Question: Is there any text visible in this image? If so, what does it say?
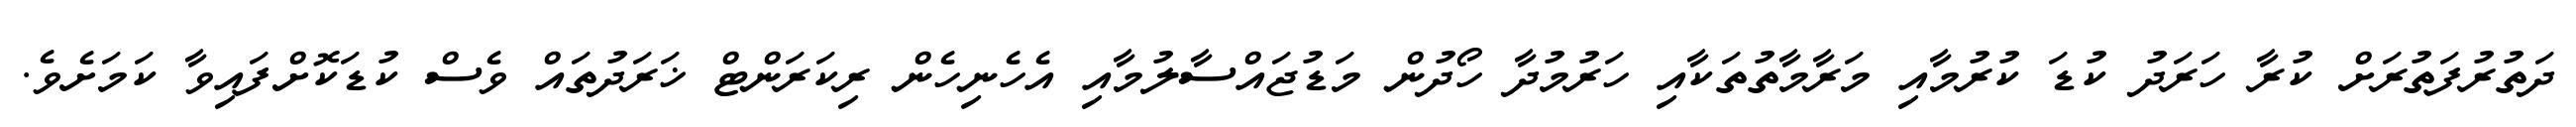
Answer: ދަތުރުފަތުރަށް ކުރާ ހަރަދު ކުޑަ ކުރުމާއި މަރާމާތުތަކާއި ހަރުމުދާ ހޯދުން މަޑުޖައްސާލުމާއި އެހެނިހެން ރިކަރަންޓް ޚަރަދުތައް ވެސް ކުޑަކޮށްފައިވާ ކަމަށެވެ.